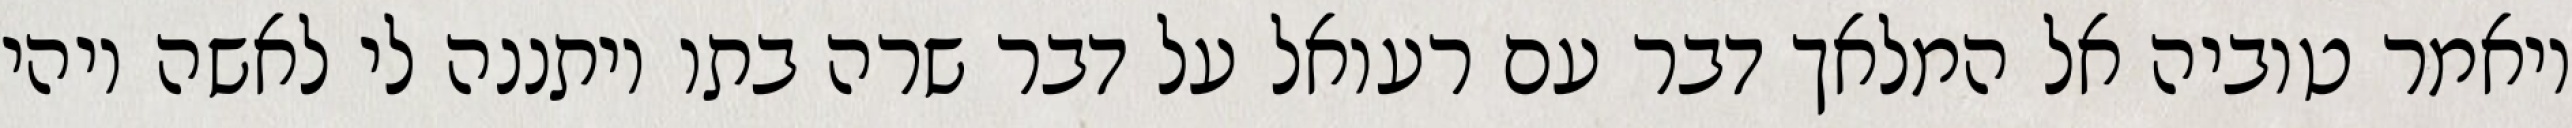
ויאמר טוביה אל המלאך דבר עם רעואל על דבר שרה בתו ויתננה לי לאשה ויהי